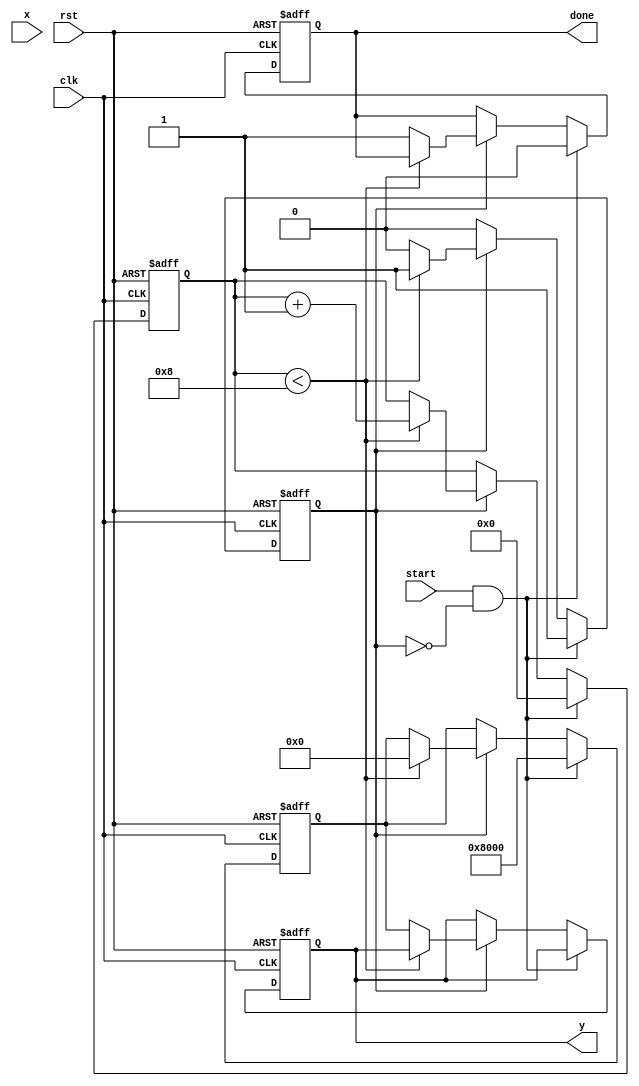
module binary_fractional_reciprocal #(
    parameter N = 16, // Input width (number of fractional bits)
    parameter M = 32  // Output width (number of fractional bits, M > N)
)(
    input  wire clk,            // Clock signal
    input  wire rst,            // Reset signal
    input  wire [N-1:0] x,      // Input value (0 < x < 1)
    input  wire start,          // Start signal for computation
    output reg  [M-1:0] y,      // Output value (reciprocal of x)
    output reg  done            // Done signal to indicate completion
);

    // Internal signals
    reg [M-1:0] approx;         // Current approximation of reciprocal
    reg [N-1:0] x_reg;          // Registered input value
    reg [3:0] count;            // Iteration counter
    reg busy;                   // Busy flag for processing

    // Newton-Raphson iteration parameters
    localparam MAX_ITER = 8;    // Maximum number of iterations

    always @(posedge clk or posedge rst) begin
        if (rst) begin
            y <= 0;
            done <= 0;
            approx <= 0;
            count <= 0;
            busy <= 0;
        end else begin
            if (start && !busy) begin
                x_reg <= x; // Register input value
                approx <= {1'b1, {M-N-1{1'b0}}}; // Initial approximation (1.0)
                count <= 0;
                busy <= 1;
                done <= 0;
            end else if (busy) begin
                // Perform Newton-Raphson iteration
                if (count < MAX_ITER) begin
                    approx <= approx * (2**M - x_reg * approx) >> M; // Update approximation
                    count <= count + 1;
                end else begin
                    y <= approx; // Final output
                    done <= 1;   // Indicate completion
                    busy <= 0;   // Reset busy flag
                end
            end
        end
    end

endmodule